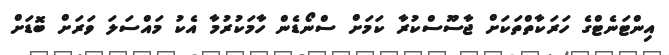
އިންޓަނެޓްގެ ހަރަކާތްތަކަށް ޖާސޫސްކުރާ ކަމަށް ސްނޯޑެން ހާމަކުރުމާ އެކު މައްސަލަ ވަރަށް ބޮޑަށް